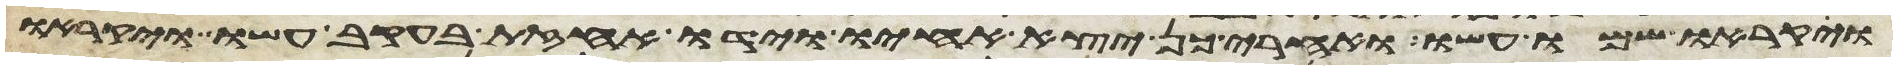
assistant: ויקראו שמו עשו ואחרי כן יצא אחיו וידו אחזת בעקב עשו ויקראו